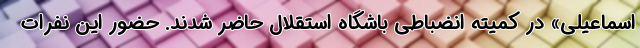
اسماعیلی» در کمیته انضباطی باشگاه استقلال حاضر شدند. حضور این نفرات